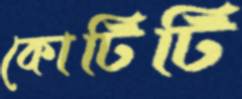
কোটিটি